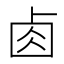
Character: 𠧪